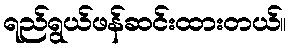
ရည်ရွယ်ဖန်ဆင်းထားတယ်။